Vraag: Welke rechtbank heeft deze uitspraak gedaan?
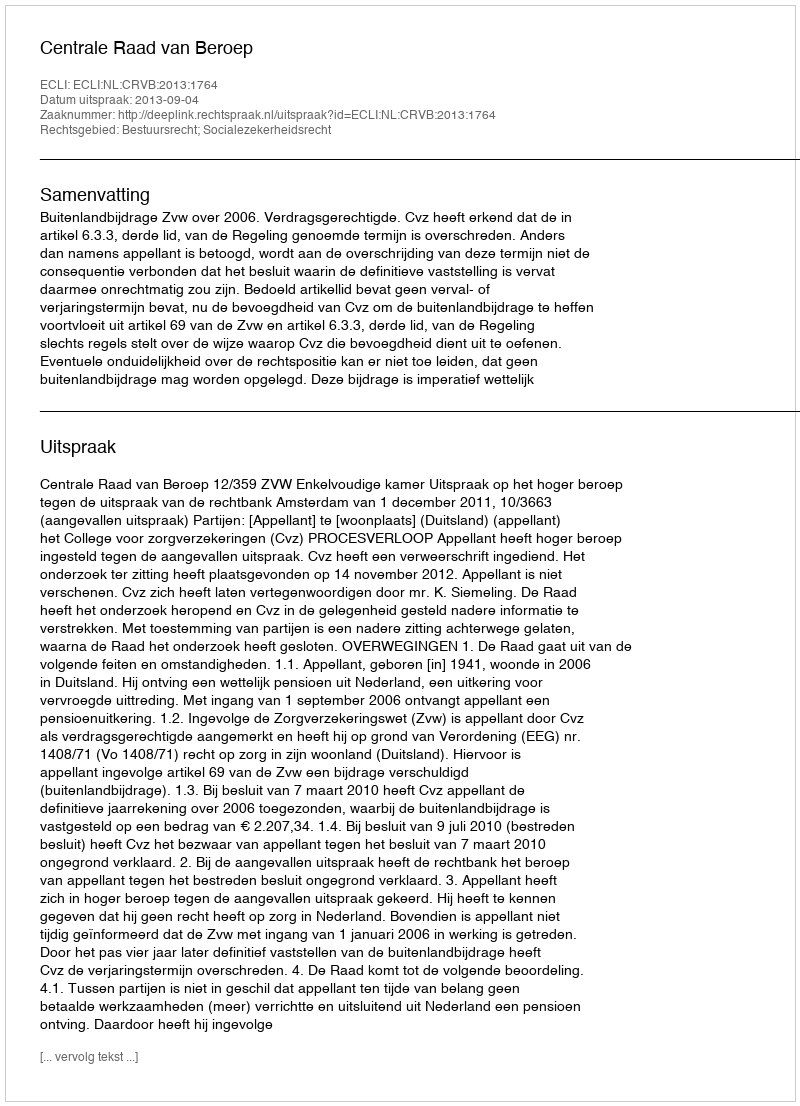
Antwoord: Centrale Raad van Beroep